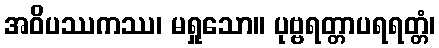
အဝိပဿကဿ၊ မရှုသော။ ပုဗ္ဗရတ္တာပရရတ္တံ၊